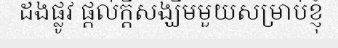
ដងផ្លូវ ផ្តល់ក្តីសង្ឃឹមមួយសម្រាប់ខ្ញុំ